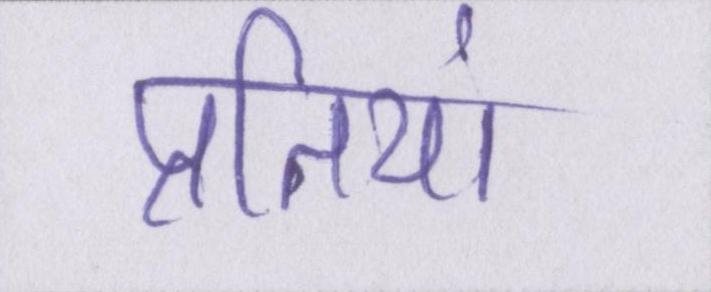
प्रतियां